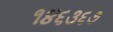
૧૪૬૩૬૭